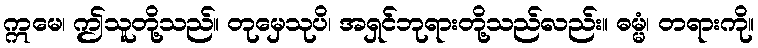
ဣမေ၊ ဤသူတို့သည်။ တုမှေသုပိ၊ အရှင်ဘုရားတို့သည်လည်း။ ဓမ္မံ၊ တရားကို။